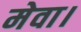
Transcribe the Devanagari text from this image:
मेवा।